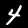
Label: 4